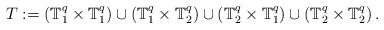
LaTeX: \begin{align*}T := \left( \mathbb{T}^q_{1}\times \mathbb{T}^q_{1}\right) \cup \left( \mathbb{T}^q_{1}\times \mathbb{T}^q_{2}\right) \cup \left( \mathbb{T}^q_{2}\times \mathbb{T}^q_{1}\right) \cup \left( \mathbb{T}^q_{2}\times \mathbb{T}^q_{2}\right).\end{align*}